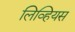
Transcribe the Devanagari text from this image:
लिव्हियस